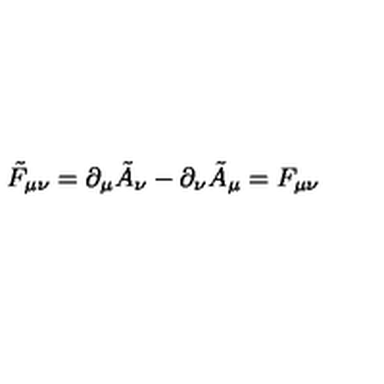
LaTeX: \tilde { F } _ { \mu \nu } = \partial _ { \mu } \tilde { A } _ { \nu } - \partial _ { \nu } \tilde { A } _ { \mu } = F _ { \mu \nu }